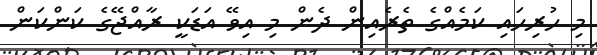
މި ހުރިހައި ކަމެއްގެ ތެރެއިން ދެން މި އިވޭ އަޑަކީ ރާއްޖޭގެ ކަންކަން